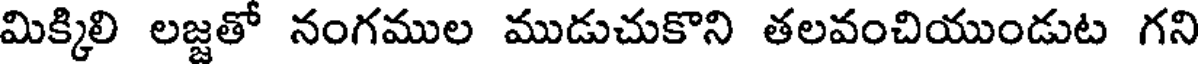
మిక్కిలి లజ్జతో నంగముల ముడుచుకొని తలవంచియుండుట గని